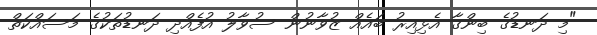
"މި ދަނޑުގެ ބިންގާ އެޅިއިރު ބައެއް ޒުވާނުން ސުވާލު އުފެއްދި ދަނޑުތަކުގެ މަސައްކަތް